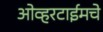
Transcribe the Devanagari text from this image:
ओव्हरटाईमचे